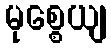
မုစ္စေယျ